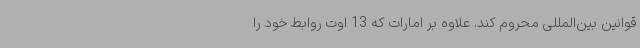
قوانین بین‌المللی محروم کند. علاوه بر امارات که 13 اوت روابط خود را